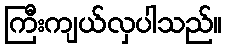
ကြီးကျယ်လှပါသည်။